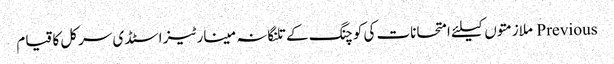
Previous ملازمتوں کیلئے امتحانات کی کوچنگ کے تلنگانہ مینارٹیز اسٹڈی سرکل کا قیام